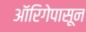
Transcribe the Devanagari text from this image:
ऑरिगेपासून